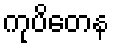
ကုပိတေန